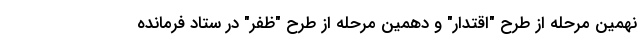
نهمین مرحله از طرح "اقتدار" و دهمین مرحله از طرح "ظفر" در ستاد فرمانده